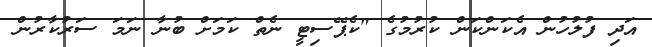
އަދި ފުލުހުން އެކަންކަން ކުރުމުގެ "ކެޕޭސިޓީ ނެތް ކަމަށް ބުނާ ނަމަ ސަރުކާރުން